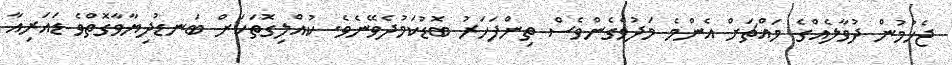
ޖެހުމުން ދުވާލެއްގެ މައްޗަށް އެންމެ މަދުވެގެންވެސް ތިންފަހަރު ބޮޑުކަމުދެވޭނެވެ. ކުއްލިގޮތަކަށް ބަނޑުދިޔާވާގޮތްވެ ޑައަރިއާ